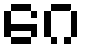
ဂေ